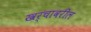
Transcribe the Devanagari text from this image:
खर्चावरील